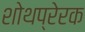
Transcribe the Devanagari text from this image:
शोथप्रेरक